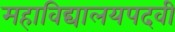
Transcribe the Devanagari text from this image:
महाविद्यालयपदवी